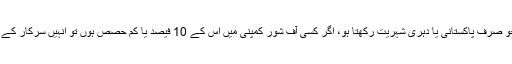
اس ترمیم کے بعد کسی بھی ایسے پاکستانی کو جو صرف پاکستانی یا دہری شہریت رکھتا ہو، اگر کسی آف شور کمپنی میں اس کے 10 فیصد یا کم حصص ہوں تو انہیں سرکار کے پاس اسے ظاہر کرنے کی ضرورت نہیں ہو گی۔